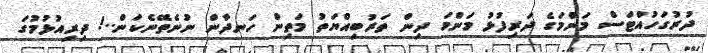
ދުރުގަހުއްޓަސް މަންމަގެ ދަރިފުޅު މަންމަ ދިން ތަރުބިއްޔަތު މަތިން ހަނދާން ނުނެތޭނެކަން..! ދިރިއުޅުމުގަ